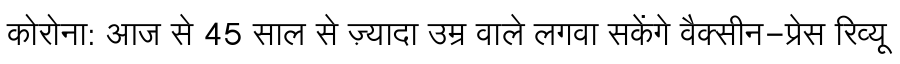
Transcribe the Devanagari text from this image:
कोरोना: आज से 45 साल से ज़्यादा उम्र वाले लगवा सकेंगे वैक्सीन-प्रेस रिव्यू